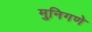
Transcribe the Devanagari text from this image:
मुनिगणे